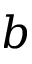
b